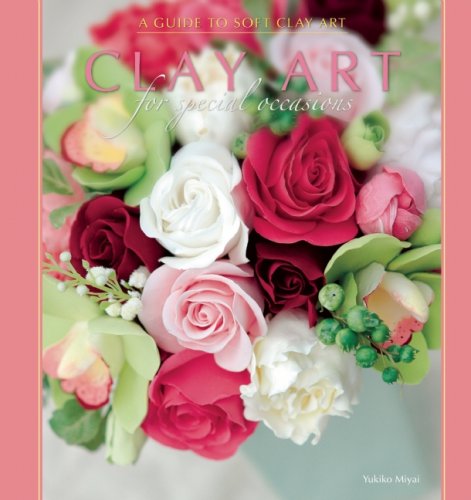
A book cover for Clay Art for Special Occasions; Yukiko Miyai; Crafts, Hobbies & Home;